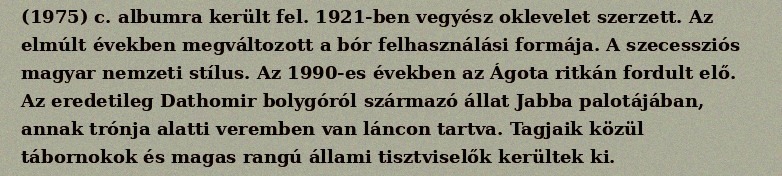
(1975) c. albumra került fel. 1921-ben vegyész oklevelet szerzett. Az elmúlt években megváltozott a bór felhasználási formája. A szecessziós magyar nemzeti stílus. Az 1990-es években az Ágota ritkán fordult elő. Az eredetileg Dathomir bolygóról származó állat Jabba palotájában, annak trónja alatti veremben van láncon tartva. Tagjaik közül tábornokok és magas rangú állami tisztviselők kerültek ki.